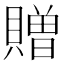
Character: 贈